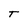
Character: T